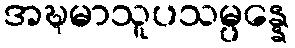
အဍ္ဎမာသူပသမ္ပန္နေ